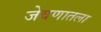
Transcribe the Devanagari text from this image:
जेवणातला